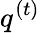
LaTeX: q^{(t)}